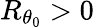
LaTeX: R_{\theta_{0}}>0